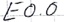
Text: E0.0